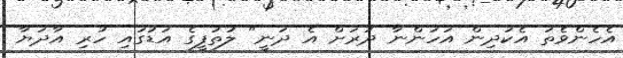
އެހެންވެތަ އެކުދިން އަހަންނާ ދުރަށް އެ ދަނީ" ލުތުފީގެ އަޑުގައި ހުރި އާދަޔާ